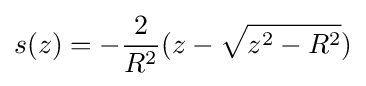
s(z)=-{\frac {2}{R^{2}}}(z-{\sqrt {z^{2}-R^{2}}})